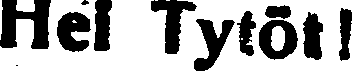
Hei Tytöt!